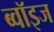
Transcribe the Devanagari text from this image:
ब्वॉइज